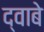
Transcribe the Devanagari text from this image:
द्वाबे